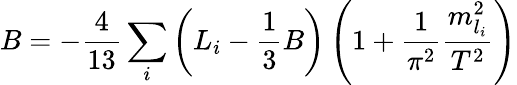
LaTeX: B=-\frac{4}{13}\sum_{i}\left(L_{i}-\frac{1}{3}B\right)\left(1+\frac{1}{\pi^{2}}\frac{m_{l_{i}}^{2}}{T^{2}}\right)